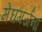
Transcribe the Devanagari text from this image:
मेघगर्जना